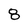
Character: 8